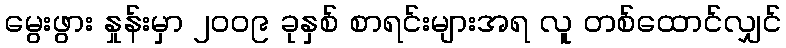
မွေးဖွား နှုန်းမှာ ၂၀၀၉ ခုနှစ် စာရင်းများအရ လူ တစ်ထောင်လျှင်